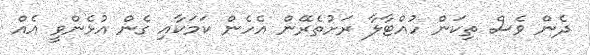
ދެން ވެސް ތިކަން ހުއްޓާލާ ރަށުތެރޭން އެހެން ކަމަކާއި ގެން އުޅެންވީ އެއް